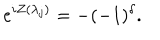
e ^ { i Z ( \lambda _ { j } ) } = - ( - 1 ) ^ { \delta } .